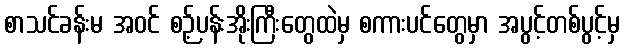
စာသင်ခန်းမ အဝင် စဉ့်ပန်းအိုးကြီးတွေထဲမှ စကားပင်တွေမှာ အပွင့်တစ်ပွင့်မှ